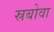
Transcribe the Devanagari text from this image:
स्रबोवा